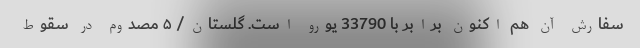
سفارش آن هم اکنون برابر با 33790 یورو است. گلستان/ ۵ مصدوم در سقوط